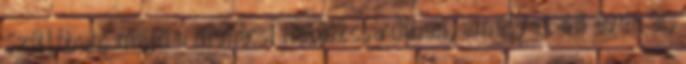
Szállóban, majd a mohácsi Halászcsárdában, amelyet 44 éven át,